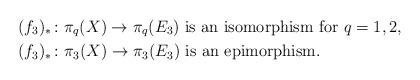
LaTeX: \begin{align*}(f_3)_* \colon & \pi_q(X) \to \pi_q(E_3) \ \textrm{is an isomorphism for} \ q = 1, 2, \\(f_3)_* \colon & \pi_3(X) \to \pi_3(E_3) \ \textrm{is an epimorphism}.\end{align*}